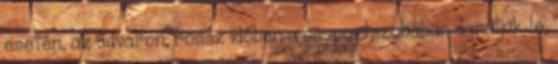
esetén, az udvaron, rossz időben a csoportszobában daráljuk le,